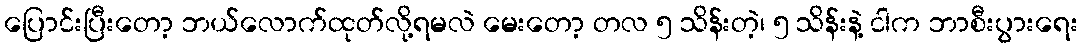
ပြောင်းပြီးတော့ ဘယ်လောက်ထုတ်လို့ရမလဲ မေးတော့ တလ ၅ သိန်းတဲ့၊ ၅ သိန်းနဲ့ ငါက ဘာစီးပွားရေး